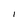
Character: I